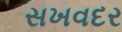
સખવદર